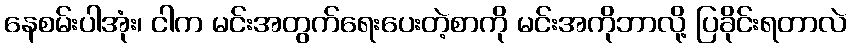
နေစမ်းပါအုံး၊ ငါက မင်းအတွက်ရေးပေးတဲ့စာကို မင်းအကိုဘာလို့ ပြခိုင်းရတာလဲ